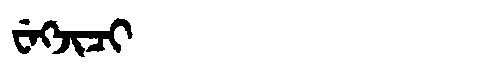
Manchu: ᠸᡝᡴᠵᡳᠴᡳ
Romanization: WEKJICI